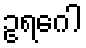
ဥရဂေါ